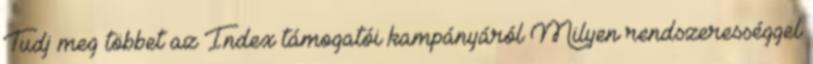
Tudj meg többet az Index támogatói kampányáról Milyen rendszerességgel